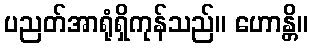
ပညတ်အာရုံရှိကုန်သည်။ ဟောန္တိ။